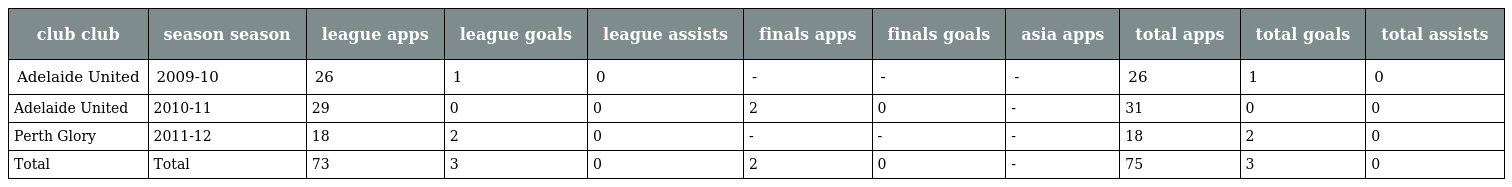
| club club | season season | league apps | league goals | league assists | finals apps | finals goals | asia apps | total apps | total goals | total assists |
 | --- | --- | --- | --- | --- | --- | --- | --- | --- | --- | --- |
 | Adelaide United | 2009-10 | 26 | 1 | 0 | - | - | - | 26 | 1 | 0 |
 | Adelaide United | 2010-11 | 29 | 0 | 0 | 2 | 0 | - | 31 | 0 | 0 |
 | Perth Glory | 2011-12 | 18 | 2 | 0 | - | - | - | 18 | 2 | 0 |
 | Total | Total | 73 | 3 | 0 | 2 | 0 | - | 75 | 3 | 0 |